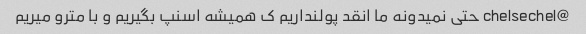
@chelsechel حتی نمیدونه ما انقد پولنداریم ک همیشه اسنپ بگیریم و با مترو میریم